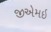
જીએમઇ